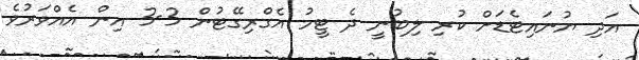
އަދި ޔުނައިޓެޑަށް ކުރި ލިބުނީ ދެ ޓީމު އެގްރިގޭޓުން 3-3 އިން އެއްވަރުވެ